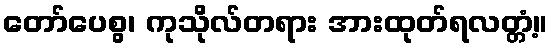
တော်ပေစွ၊ ကုသိုလ်တရား အားထုတ်ရလတ္တံ့။